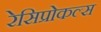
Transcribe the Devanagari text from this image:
रेसिप्रोकल्स